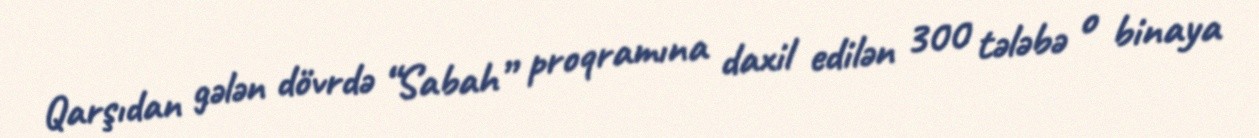
Qarşıdan gələn dövrdə “Sabah” proqramına daxil edilən 300 tələbə o binaya